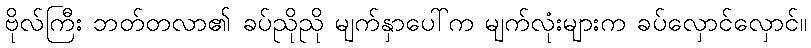
ဗိုလ်ကြီး ဘတ်တလာ၏ ခပ်ညိုညို မျက်နှာပေါ်က မျက်လုံးများက ခပ်လှောင်လှောင်။